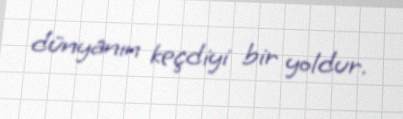
dünyanın keçdiyi bir yoldur.